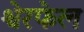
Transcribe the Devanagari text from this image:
श्वेरफेल